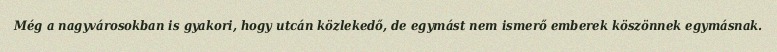
Még a nagyvárosokban is gyakori, hogy utcán közlekedő, de egymást nem ismerő emberek köszönnek egymásnak.